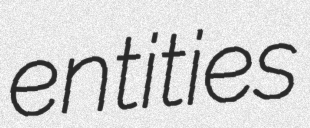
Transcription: entities